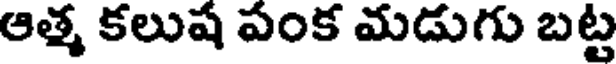
ఆత్మ కలుష పంక మడుగు బట్ట